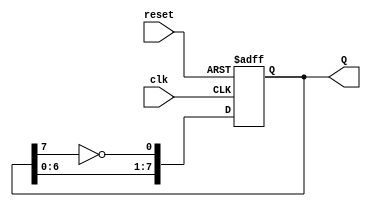
module johnson_counter (
    input wire clk,       // Clock input
    input wire reset,     // Asynchronous reset
    output reg [7:0] Q    // 8-bit output representing the counter state
);

    // Process to describe the Johnson counter behavior
    always @(posedge clk or posedge reset) begin
        if (reset) begin
            // Asynchronous reset to initial state
            Q <= 8'b00000000;
        end else begin
            // Johnson counter logic
            Q <= {Q[6:0], ~Q[7]}; // Shift left and feed back inverted Q7
        end
    end

endmodule